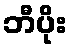
ဘီပိုး